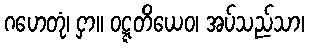
ဂဟေတုံ၊ ငှာ။ ဝဋ္ဋတိယေဝ၊ အပ်သည်သာ၊